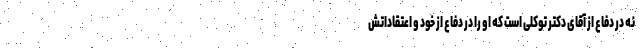
نه در دفاع از آقای دکتر توکلی است که او را در دفاع از خود و اعتقاداتش